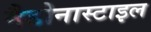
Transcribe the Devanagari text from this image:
मैडोनास्टाइल